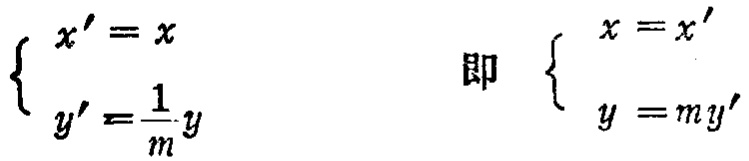
\[\begin{cases}
x' = x \\
y'=\frac{1}{m}y
\end{cases}\]
即 \[\begin{cases}
x = x' \\
y = my'
\end{cases}\]